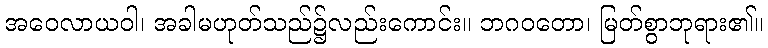
အဝေလာယဝါ၊ အခါမဟုတ်သည်၌လည်းကောင်း။ ဘဂဝတော၊ မြတ်စွာဘုရား၏။